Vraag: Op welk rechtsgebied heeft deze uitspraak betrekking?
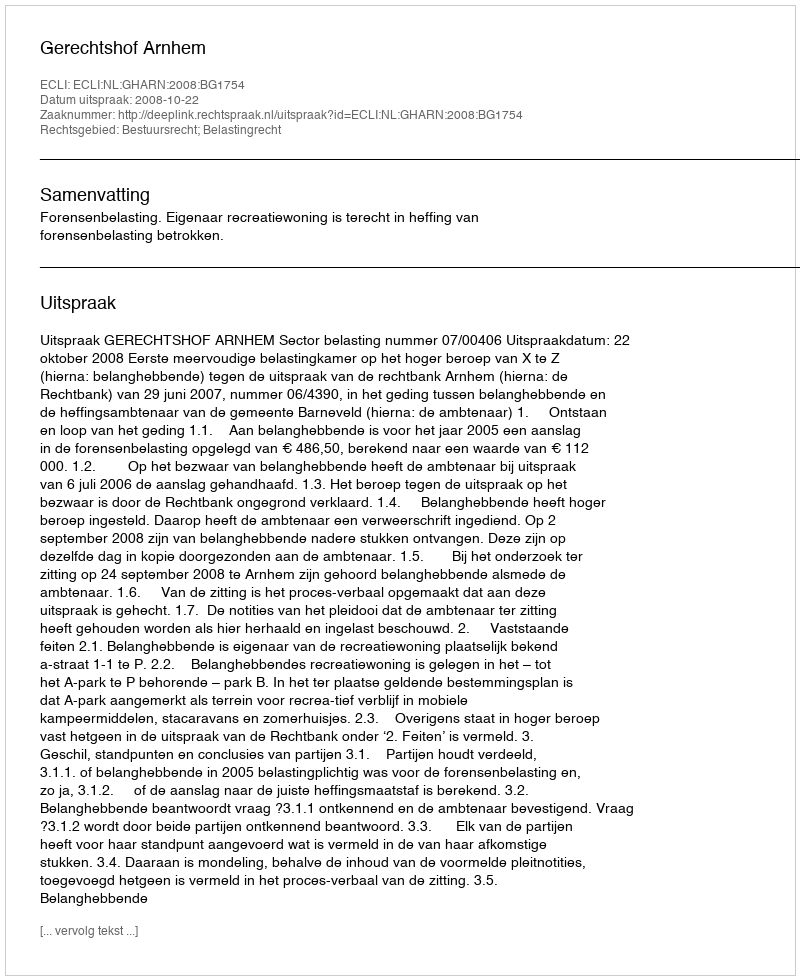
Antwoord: Bestuursrecht; Belastingrecht